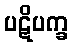
ပဋိပက္ခ